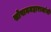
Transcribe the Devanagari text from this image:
सोपानमहाराजांनी